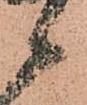
候